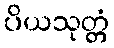
ပိယသုတ္တံ